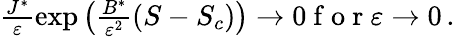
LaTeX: \begin{array}{r}{\frac{J^{*}}{{\varepsilon}}\exp\left(\frac{B^{*}}{{\varepsilon}^{2}}(S-S_{c})\right)\to 0\mathrm{~f~o~r~}{\varepsilon}\to 0\, .}\end{array}